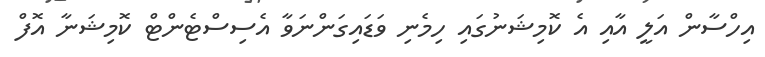
އިހްސާން އަލީ އާއި އެ ކޮމިޝަނުގައި ހިމެނި ވަޑައިގަންނަވާ އެސިސްޓެންޓް ކޮމިޝަނާ އޮފް